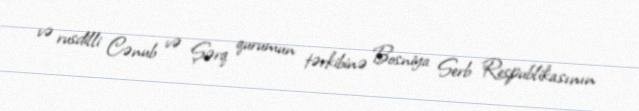
və rusdilli Cənub və Şərq qurumun tərkibinə Bosniya Serb Respublikasının